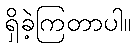
ရှိခဲ့ကြတာပါ။